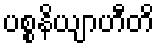
ပစ္စနိယျာဟီတိ